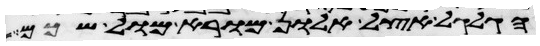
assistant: הגלגל אצל אלון מורא מול שכם